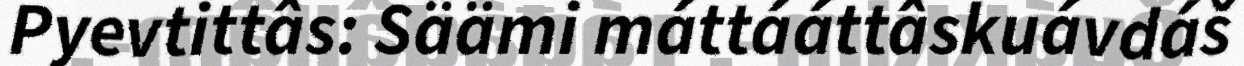
Pyevtittâs: Säämi máttááttâskuávdáš